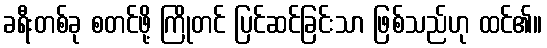
ခရီးတစ်ခု စတင်ဖို့ ကြိုတင် ပြင်ဆင်ခြင်းသာ ဖြစ်သည်ဟု ထင်၏။